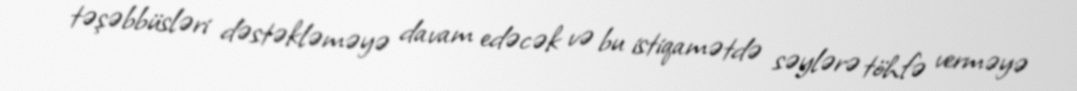
təşəbbüsləri dəstəkləməyə davam edəcək və bu istiqamətdə səylərə töhfə verməyə